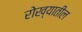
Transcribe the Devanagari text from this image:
रोख्यातील